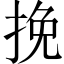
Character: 挽